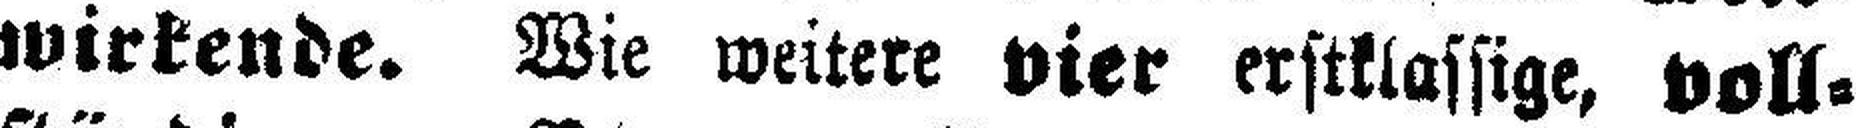
wirkende. Wie weitere vier erstklassige, voll¬